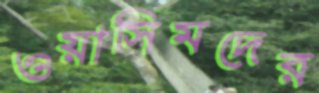
ওয়াসিমদের